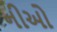
નીઓ